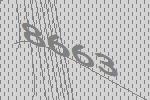
8663